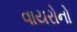
વાયરોનો